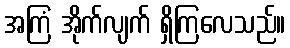
အကြံ အိုက်လျက် ရှိကြလေသည်။